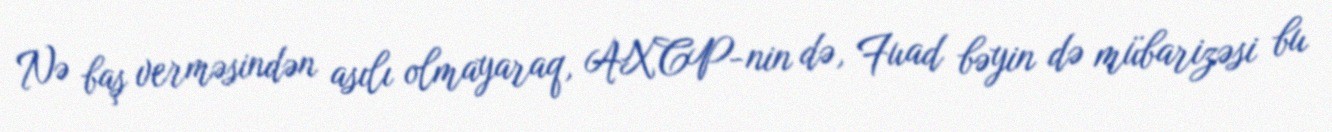
Nə baş verməsindən asılı olmayaraq, AXCP-nin də, Fuad bəyin də mübarizəsi bu